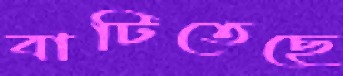
বাটিতেছে